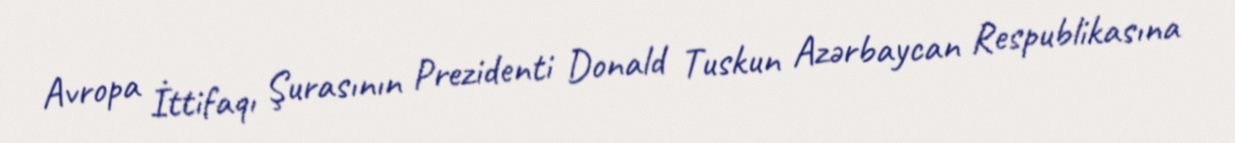
Avropa İttifaqı Şurasının Prezidenti Donald Tuskun Azərbaycan Respublikasına